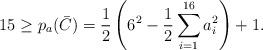
LaTeX: \begin{align*}15\ge p_a (\bar{C}) = \frac{1}{2} \left( 6^2 - \frac{1}{2} \sum_{i=1}^{16} a_i^2 \right) +1.\end{align*}